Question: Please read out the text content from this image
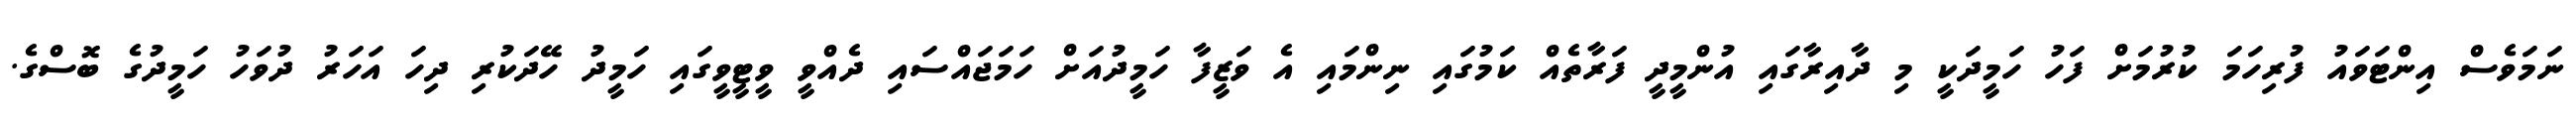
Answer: ނަމަވެސް އިންޓަވައު ފުރިހަމަ ކުރުމަށް ފަހު ހަމީދަކީ މި ދާއިރާގައި އުންމީދީ ފަރާތެއް ކަމުގައި ނިންމައި އެ ވަޒީފާ ހަމީދުއަށް ހަމަޖައްސައި ދެއްވީ ވީޓީވީގައި ހަމީދު ހޭދަކުރި ދިހަ އަހަރު ދުވަހު ހަމީދުގެ ބޮސްގެ.